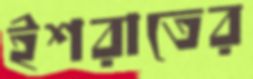
ইশরাতের